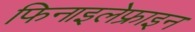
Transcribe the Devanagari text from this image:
फिनाइलेफ्राइन